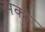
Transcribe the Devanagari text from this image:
मको